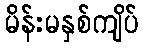
မိန်းမနှစ်ကျိပ်